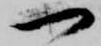
一